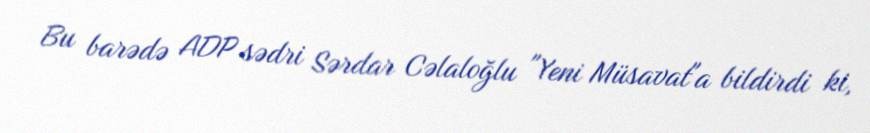
Bu barədə ADP sədri Sərdar Cəlaloğlu "Yeni Müsavat"a bildirdi ki,